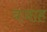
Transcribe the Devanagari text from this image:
वजाह